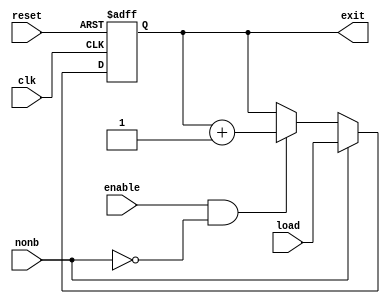
// Luis Pedro Molina Velsquez - Carn 18822
// Electrnica Digital I - Seccin 12
// Proyecto Final - Procesador Nibbler de 4 bits


// Mdulo de Program Counter

module PC(input wire clk, input wire reset, input wire enable, input wire nonb, input wire [11:0]load, output reg [11:0]exit);

    always @ (posedge clk or posedge reset)begin 
        if (reset == 1)                                             // Empieza en 0
            exit <= 12'b000000000000;
            
        else if(nonb == 1)                                          // Cuando nonb = 1 --> Se carga el valor de load al PC
            exit <= load;

        else if(enable == 1 && ~nonb)                               // Con cada flanco de reloj --> +1
        exit <= exit + 1;

    end

endmodule

// Mdulo de Memoria ROM

module ROM(input [11:0]add, output [7:0]information); 

    reg [7:0] Memory [0:4095];                                  // Cantidad de localidades de memoria --> 4096, 8 bits
        
    initial begin
        $readmemh("memory.list", Memory);                       // Initial para leer la informacin existente en el archivo
    end

    assign information = Memory[add];                           // Asignacin de valor a la memoria

endmodule

// Construccin de Flip Flops tipo D de 1, 2 y 4 bits. Estos Flip Flops cuentan con enable y se utilizaron como base para la construccin del mdulo Fetch
// Flip Flop tipo D con enable --> 1 bit ;

module FFD1B(input wire clk, input wire reset, input wire enable, input wire D, output reg Q);

    always @ (posedge clk or posedge reset) begin
        if (reset) 
            Q <= 1'b0;
        else if (enable)
            Q <= D;
    end
endmodule

// Flip Flop tipo D con enable --> 2 bits ; Su construccin tiene como base la arquitectura del Flip Flop tipo D de 1 bit con enable

module FFD2B(input wire clk, input wire reset, input wire enable, input wire [1:0]D, output wire [1:0]Q);

    FFD1B ffd1b_0(clk, reset, enable, D[1], Q[1]);
    FFD1B ffd1b_1(clk, reset, enable, D[0], Q[0]);

endmodule

// Flip Flop tipo D con enable --> 4 bits ; Su construccin tiene como base la arquitectura del Flip Flop tipo D de 1 y 2 bits con enable

module FFD4B(input wire clk, input wire reset, input wire enable, input wire [3:0]D, output wire [3:0]Q);

    FFD2B ffd2b_0(clk, reset, enable, D[3:2], Q[3:2]);
    FFD2B ffd2b_1(clk, reset, enable, D[1:0], Q[1:0]);

endmodule

// Mdulo de Fetch

module Fetch(input wire clk, input wire reset, input wire En2, input wire [7:0]D4, output wire [3:0]Q1,output wire [3:0]Q2);

    FFD4B fetch_0(clk, reset, En2, D4[7:4], Q1);                         // Primera salida del Fetch
    FFD4B fetch_1(clk, reset, En2, D4[3:0], Q2);                         // Segunda salida del Fetch

endmodule

// Mdulo de Flags

module Flags(input wire clk, input wire reset, input wire enable, input wire D1, input wire D2, output wire Ze, C);

    FFD1B flags_0(clk, reset, enable, D1, Ze);
    FFD1B flags_1(clk, reset, enable, D2, C);

endmodule

// Flip Flop tipo T para la construccin del mdulo de Phase

module FFT(input wire clk, input wire reset, input wire EN, output wire Q);


    FFD1B phasee(clk, reset, EN, ~Q, Q);                               // Input --> ~Q

endmodule

// Mdulo de Bus Driver

module BufferTri(input wire enable, input wire [3:0]entradas, output wire [3:0]salidas);

    assign salidas = (enable) ? entradas:4'bz;

endmodule

// Mdulo de Decode

module Decode(input wire [6:0] in, output wire [12:0] outD);
    
    reg [12:0] out;
    
    always @ (in)
        casez(in)
            // any
            7'b????_??0: out <= 13'b1000_000_001000;
            // JC
            7'b0000_1?1: out <= 13'b0100_000_001000;
            7'b0000_0?1: out <= 13'b1000_000_001000;
            // JNC
            7'b0001_1?1: out <= 13'b1000_000_001000;
            7'b0001_0?1: out <= 13'b0100_000_001000;
            // CMPI
            7'b0010_??1: out <= 13'b0001_001_000010;
            // CMPM
            7'b0011_??1: out <= 13'b1001_001_100000;
            // LIT
            7'b0100_??1: out <= 13'b0011_010_000010;
            // IN
            7'b0101_??1: out <= 13'b0011_010_000100;
            // LD
            7'b0110_??1: out <= 13'b1011_010_100000;
            // ST
            7'b0111_??1: out <= 13'b1000_000_111000;
            // JZ
            7'b1000_?11: out <= 13'b0100_000_001000;
            7'b1000_?01: out <= 13'b1000_000_001000;
            // JNZ
            7'b1001_?11: out <= 13'b1000_000_001000;
            7'b1001_?01: out <= 13'b0100_000_001000;
            // ADDI
            7'b1010_??1: out <= 13'b0011_011_000010;
            // ADDM
            7'b1011_??1: out <= 13'b1011_011_100000;
            // JMP
            7'b1100_??1: out <= 13'b0100_000_001000;
            // OUT
            7'b1101_??1: out <= 13'b0000_000_001001;
            // NANDI
            7'b1110_??1: out <= 13'b0011_100_000010;
            // NANDM
            7'b1111_??1: out <= 13'b1011_100_100000;
            default: out <= 13'b1111111111111;
        endcase
        
    assign outD = out;

endmodule

// Mdulo de Memoria RAM

module RAM(input wire enable, input wire write, input wire [11:0]addres, output wire [3:0]Data);

    reg [3:0]RAM[0:4095];                                             // Cantidad de localidades de la Memoria RAM
    reg [3:0]dataout;                                                 // Declaracin de  salidas de la Memoria RAM
    assign Data = (enable && ~write) ? dataout: 4'bzzzz;              // Condicin para mostrar alta impedancia

    always @(enable, write, addres, Data) begin 
        
        if (enable && ~write)
            dataout = RAM[addres];
        if (enable && write)
            RAM[addres] = Data; 
            
        end

endmodule

// Mdulo de Acumulador

module ACCU(input wire clk, input wire reset, input wire enable, input wire [3:0]D, output wire [3:0]Q);

    FFD2B accu_0(clk, reset, enable, D[3:2], Q[3:2]);
    FFD2B accu_1(clk, reset, enable, D[1:0], Q[1:0]);

endmodule

// Mdulo de ALU

module ALU(input wire [3:0] A, input wire [3:0] B, input [2:0] comm, output carry, output zero, output [3:0] result);
    
    reg [4:0] q;
    
    always @ (A, B, comm)
        case (comm)
            3'b000: q = A;                                      // Dejar pasar A
            3'b001: q = A - B;                                  // Resta
            3'b010: q = B;                                      // Dejar pasar B
            3'b011: q = A + B;                                  // Sumar
            3'b100: q = {1'b0, ~(A & B)};                       // Comparador
            default: q = 5'b10101;
        endcase
    
    assign result = q[3:0];
    assign carry = q[4];
    assign zero = ~(q[3] | q[2] | q[1] | q[0]);
    
endmodule

// Mdulo uP --> Unin de mdulos para el correcto funcionamiento del Procesador 

module uP(
    input wire clock, reset,
    input wire [3:0]pushbuttons,
    output wire phase, c_flag, z_flag,
    output wire [3:0] instr, oprnd, accu, data_bus, FF_out,
    output wire [7:0] program_byte,
    output wire [11:0] PC, address_RAM);

        wire [3:0] ALU_out;
        wire [12:0]out_decoder;
        wire [6:0]in_decoder;
        wire Ze, C;

        assign address_RAM = {oprnd, program_byte};
        assign in_decoder = {instr, c_flag, z_flag, phase};

        PC ProgramCounter(clock, reset, out_decoder[12], out_decoder[11], address_RAM, PC);
        ROM rom(PC, program_byte);
        Fetch Fetch(clock, reset, ~phase, program_byte, instr, oprnd);
        Flags flags_carry(clock, reset, out_decoder[9], Ze, C, z_flag, c_flag);
        FFT Phase(clock, reset, 1'b1, phase);
        BufferTri BusFetch(out_decoder[1], oprnd, data_bus);
        BufferTri BusALU(out_decoder[3], ALU_out , data_bus);
        BufferTri BusIn(out_decoder[2], pushbuttons, data_bus);
        Decode Decoder(in_decoder, out_decoder);
        RAM ram(out_decoder[5], out_decoder[4], address_RAM, data_bus);
        ACCU Accumulator(clock, reset, out_decoder[10], ALU_out, accu);
        ALU alu(accu, data_bus, out_decoder[8:6], C, Ze, ALU_out);        
        FFD4B OutputsFFD4(clock, reset, out_decoder[0], data_bus, FF_out);
    
endmodule